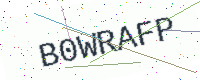
Text: B0WRAFP